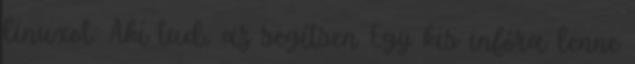
linuxot. Aki tud, az segítsen Egy kis infóra lenne